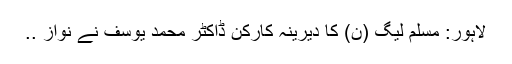
لاہور: مسلم لیگ (ن) کا دیرینہ کارکن ڈاکٹر محمد یوسف نے نواز ..